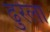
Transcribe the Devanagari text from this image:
ढुरेला